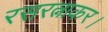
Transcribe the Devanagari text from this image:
रसरत्नाकर।